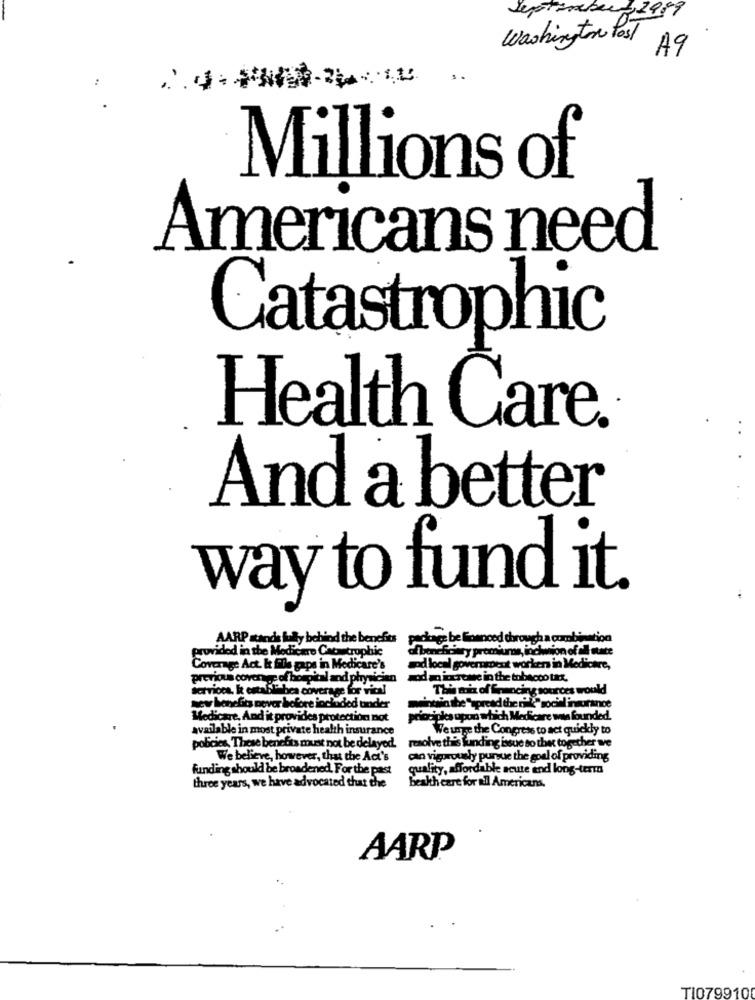
September 1999
washington Post
A9
:
Millions of
Americans need
Catastrophic
Health Care.
And a better
way to fund it
AARP stands fully behind the benefits
kage be Somnood chr
IP
combination
provided in the Medicare Catastrophic
chowy premiums, incwion of all we
Coverage Act. & fils gaps in Medicare's
and local government worker in Medicare,
previous coverage
capital and physician
wod an increase in the tobacco ter.
services. I estalili bea coverage for vica!
The mix of Erencing sources would
sew benefit never before included under
maintain the Spread the rift" social insurance
Medicare, And it provides protection not
principles upon which Medicare ww founded.
available in most private health insurance
We urge the Congress to act quickly to
resolve this funding issue to the together we
policies, These benefits must not be delayed.
We believe, however, that the Act's
can vigorously pursue the goal of providing
funding should be broadened, For the past
quality, affordable acute and long-testu
three years, we have advocated that the
health care for all Americans.
AARP
T1079910